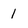
Character: 1